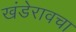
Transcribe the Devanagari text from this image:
खंडेरावचा